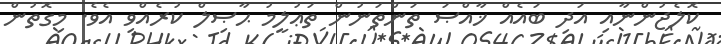
ކޮލެޖުންނާއި އަދި ބައެއް ޚާއްޞަ ތަންތަނުން ތަޢުލީމު ޙާޞިލް ކުރެއްވި އެވެ. މިގޮތުން